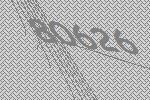
80626